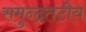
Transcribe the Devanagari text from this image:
समुन्द्रतटीय